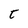
Character: t